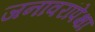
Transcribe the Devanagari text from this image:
जनावरांपेक्षा